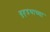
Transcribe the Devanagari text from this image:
बृहद्रथाच्या